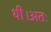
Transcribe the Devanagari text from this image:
थी।अतः